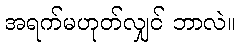
အရက်မဟုတ်လျှင် ဘာလဲ။